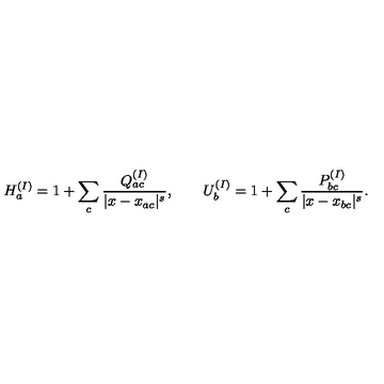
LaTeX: H _ { a } ^ { ( I ) } = 1 + \sum _ { c } \frac { Q _ { a c } ^ { ( I ) } } { | x - x _ { a c } | ^ { s } } , \qquad U _ { b } ^ { ( I ) } = 1 + \sum _ { c } \frac { P _ { b c } ^ { ( I ) } } { | x - x _ { b c } | ^ { s } } .